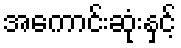
အကောင်းဆုံးနှင့်